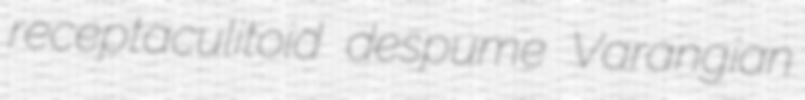
receptaculitoid despume Varangian